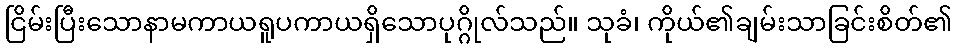
ငြိမ်းပြီးသောနာမကာယရူပကာယရှိသောပုဂ္ဂိုလ်သည်။ သုခံ၊ ကိုယ်၏ချမ်းသာခြင်းစိတ်၏